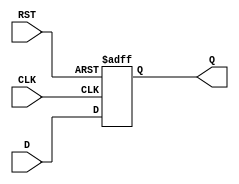
module IntermediateRegister (
    input wire [DATA_WIDTH-1:0] D,  // Data Input
    input wire CLK,                  // Clock Input
    input wire RST,                  // Asynchronous Reset
    output reg [DATA_WIDTH-1:0] Q    // Data Output
);

parameter DATA_WIDTH = 8; // Define the bit-width of the register (adjustable)

always @(posedge CLK or posedge RST) begin
    if (RST) begin
        Q <= {DATA_WIDTH{1'b0}}; // Asynchronous reset to zero
    end else begin
        Q <= D; // Capture the data on the clock rising edge
    end
end

endmodule